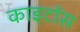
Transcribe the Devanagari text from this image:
काइटॉस